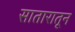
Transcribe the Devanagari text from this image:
सातारातून